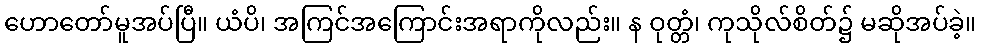
ဟောတော်မူအပ်ပြီ။ ယံပိ၊ အကြင်အကြောင်းအရာကိုလည်း။ န ဝုတ္တံ၊ ကုသိုလ်စိတ်၌ မဆိုအပ်ခဲ့။